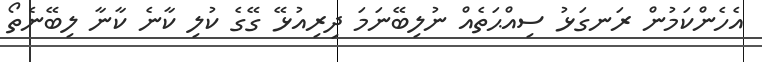
އެހެންކަމުން ރަނގަޅު ސިއްޙަތެއް ނުލިބޭނަމަ ދިރިއުޅޭ ގޭގެ ކުލި ކާނެ ކާނާ ލިބޭނެތޯ